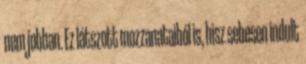
nem jobban. Ez látszott mozzanataiból is, hisz sebesen indult